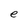
Character: e